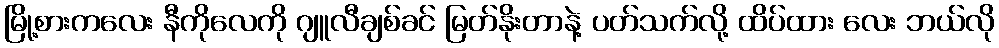
မြို့စားကလေး နီကိုလေကို ဂျူလီချစ်ခင် မြတ်နိုးတာနဲ့ ပတ်သက်လို့ ထိပ်ထား လေး ဘယ်လို